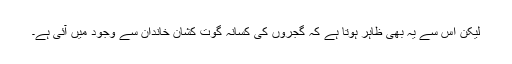
لیکن اس سے یہ بھی ظاہر ہوتا ہے کہ گجروں کی کسانہ گوت کشان خاندان سے وجود میں آئی ہے۔